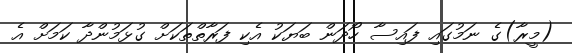
(މީރާ)ގެ ނަމުގައި ފައިސާ ހޯދަން ބަޔަކު އެކި ފަރާތްތަކަށް ގުޅަމުންދާ ކަމަށް އެ